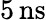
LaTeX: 5\, \mathrm{ns}